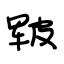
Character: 皲